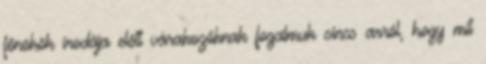
főnökök irodája előtt várakozóknak fogalmuk sincs arról, hogy mit